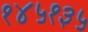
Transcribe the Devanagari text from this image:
१४५१३५